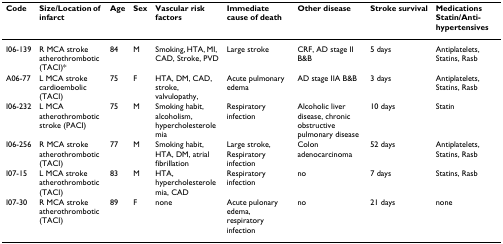
<table><thead><tr><td><b>Code</b></td><td><b>Size/Location of infarct</b></td><td><b>Age</b></td><td><b>Sex</b></td><td><b>Vascular risk factors</b></td><td><b>Immediate cause of death</b></td><td><b>Other disease</b></td><td><b>Stroke survival</b></td><td><b>MedicationsStatin/Anti-hypertensives</b></td></tr></thead><tbody><tr><td>I06-139</td><td>R MCA stroke atherothrombotic (TACI)*</td><td>84</td><td>M</td><td>Smoking, HTA, MI, CAD, Stroke, PVD</td><td>Large stroke</td><td>CRF, AD stage II B&amp;B</td><td>5 days</td><td>Antiplatelets, Statins, Rasb</td></tr><tr><td>A06-77</td><td>L MCA stroke cardioembolic (TACI)</td><td>75</td><td>F</td><td>HTA, DM, CAD, stroke, valvulopathy,</td><td>Acute pulmonary edema</td><td>AD stage IIA B&amp;B</td><td>3 days</td><td>Antiplatelets, Statins, Rasb</td></tr><tr><td>I06-232</td><td>L MCA atherothrombotic stroke (PACI)</td><td>75</td><td>M</td><td>Smoking habit, alcoholism, hypercholesterolemia</td><td>Respiratory infection</td><td>Alcoholic liver disease, chronic obstructive pulmonary disease</td><td>10 days</td><td>Statin</td></tr><tr><td>I06-256</td><td>R MCA stroke atherothrombotic (TACI)</td><td>77</td><td>M</td><td>Smoking habit, HTA, DM, atrial fibrillation</td><td>Large stroke, Respiratory infection</td><td>Colon adenocarcinoma</td><td>52 days</td><td>Antiplatelets, Statins, Rasb</td></tr><tr><td>I07-15</td><td>L MCA stroke atherothrombotic (TACI)</td><td>83</td><td>M</td><td>HTA, hypercholesterolemia, CAD</td><td>Respiratory infection</td><td>no</td><td>7 days</td><td>Statins, Rasb</td></tr><tr><td>I07-30</td><td>R MCA stroke atherothrombotic (TACI)</td><td>89</td><td>F</td><td>none</td><td>Acute pulonary edema, respiratory infection</td><td>no</td><td>21 days</td><td>none</td></tr></tbody></table>